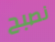
نصبح